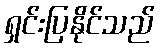
ရှင်းပြနိုင်သည်